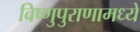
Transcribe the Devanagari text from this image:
विष्णुपुराणामध्ये